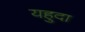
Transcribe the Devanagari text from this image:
यहुदा